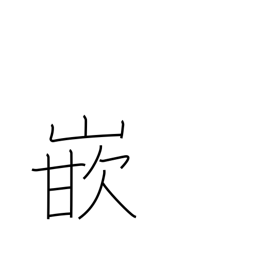
Meaning: go into